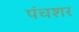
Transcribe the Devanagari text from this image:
पंचशर